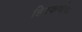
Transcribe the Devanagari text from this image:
हिरकणीचा